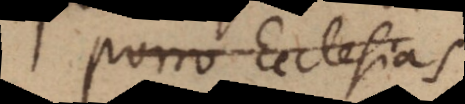
pro Ecclesia